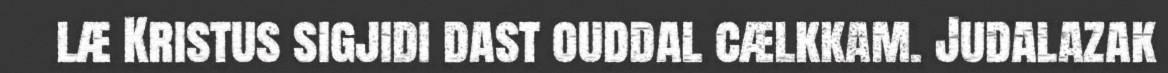
læ Kristus sigjidi dast ouddal cælkkam. Judalazak